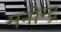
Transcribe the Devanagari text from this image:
मनीन्द्र